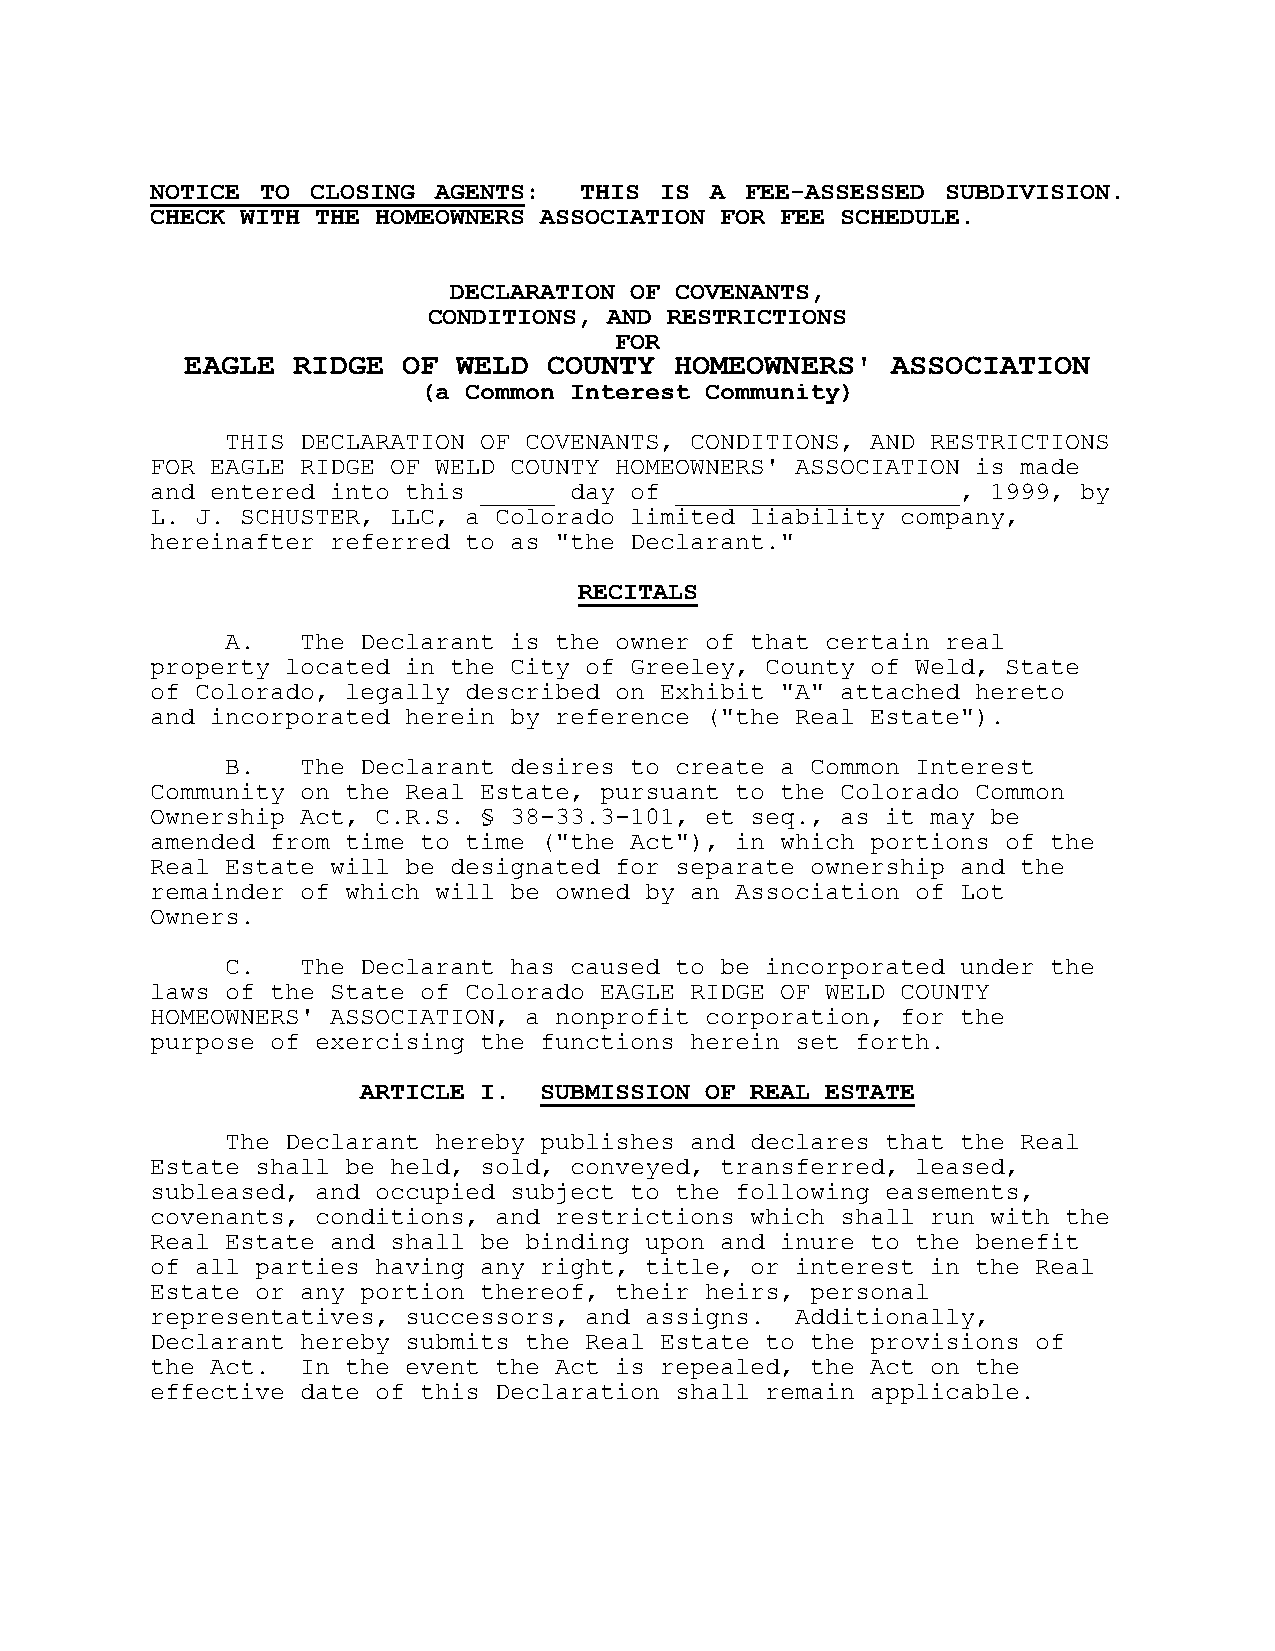
NOTICE TO  CLOSING AGENTS:  THIS  IS A FEE-ASSESSED  SUBDIVISION.
 CHECK WITH THE HOMEOWNERS ASSOCIATION FOR FEE SCHEDULE.
 DECLARATION OF COVENANTS,
 CONDITIONS, AND RESTRICTIONS
 FOR
 EAGLE  RIDGE   OF WELD  COUNTY   HOMEOWNERS'   ASSOCIATION
 (a Common Interest Community)
 THIS DECLARATION OF COVENANTS, CONDITIONS, AND RESTRICTIONS
 FOR EAGLE RIDGE OF WELD COUNTY HOMEOWNERS' ASSOCIATION is made
 and entered into this _____ day of ___________________, 1999, by
 L. J. SCHUSTER, LLC, a Colorado limited liability company,
 hereinafter referred to as "the Declarant."
 RECITALS
 A.   The Declarant is the owner of that certain real
 property located in the City of Greeley, County of Weld, State
 of Colorado, legally described on Exhibit "A" attached hereto
 and incorporated herein by reference ("the Real Estate").
 B.   The Declarant desires to create a Common Interest
 Community on the Real Estate, pursuant to the Colorado Common
 Ownership Act, C.R.S. § 38-33.3-101, et seq., as it may be
 amended from time to time ("the Act"), in which portions of the
 Real Estate will be designated for separate ownership and the
 remainder of which will be owned by an Association of Lot
 Owners.
 C.   The Declarant has caused to be incorporated under the
 laws of the State of Colorado EAGLE RIDGE OF WELD COUNTY
 HOMEOWNERS' ASSOCIATION, a nonprofit corporation, for the
 purpose of exercising the functions herein set forth.
 ARTICLE I.  SUBMISSION OF REAL ESTATE
 The Declarant hereby publishes and declares that the Real
 Estate shall be held, sold, conveyed, transferred, leased,
 subleased, and occupied subject to the following easements,
 covenants, conditions, and restrictions which shall run with the
 Real Estate and shall be binding upon and inure to the benefit
 of all parties having any right, title, or interest in the Real
 Estate or any portion thereof, their heirs, personal
 representatives, successors, and assigns.  Additionally,
 Declarant hereby submits the Real Estate to the provisions of
 the Act.  In the event the Act is repealed, the Act on the
 effective date of this Declaration shall remain applicable.